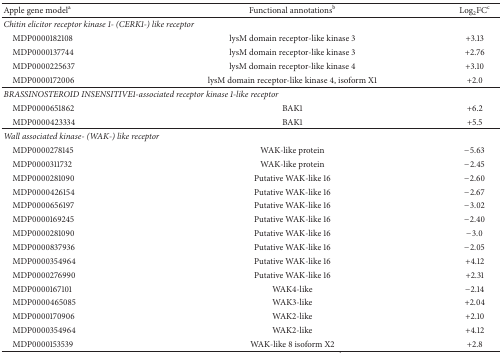
<table><thead><tr><td><b>Apple gene model<sup>a</sup></b></td><td><b>Functional annotations<sup>b</sup></b></td><td><b>Log<sub>2</sub>FC<sup>c</sup></b></td></tr></thead><tbody><tr><td colspan="3"><i>Chitin elicitor receptor kinase 1- (CERK1-) like receptor</i></td></tr><tr><td> MDP0000182108</td><td>lysM domain receptor-like kinase 3</td><td>+3.13</td></tr><tr><td> MDP0000137744</td><td>lysM domain receptor-like kinase 3</td><td>+2.76</td></tr><tr><td> MDP0000225637</td><td>lysM domain receptor-like kinase 4</td><td>+3.10</td></tr><tr><td> MDP0000172006</td><td>lysM domain receptor-like kinase 4, isoform X1</td><td>+2.0</td></tr><tr><td colspan="3"><i>BRASSINOSTEROID INSENSITIVE1-associated receptor kinase 1-like receptor</i></td></tr><tr><td> MDP0000651862</td><td>BAK1</td><td>+6.2</td></tr><tr><td> MDP0000423334</td><td>BAK1</td><td>+5.5</td></tr><tr><td colspan="3"><i>Wall associated kinase- (WAK-) like receptor</i></td></tr><tr><td> MDP0000278145</td><td>WAK-like protein</td><td>−5.63</td></tr><tr><td> MDP0000311732</td><td>WAK-like protein</td><td>−2.45</td></tr><tr><td> MDP0000281090</td><td>Putative WAK-like 16</td><td>−2.60</td></tr><tr><td> MDP0000426154</td><td>Putative WAK-like 16</td><td>−2.67</td></tr><tr><td> MDP0000656197</td><td>Putative WAK-like 16</td><td>−3.02</td></tr><tr><td> MDP0000169245</td><td>Putative WAK-like 16</td><td>−2.40</td></tr><tr><td> MDP0000281090</td><td>Putative WAK-like 16</td><td>−3.0</td></tr><tr><td> MDP0000837936</td><td>Putative WAK-like 16</td><td>−2.05</td></tr><tr><td> MDP0000354964</td><td>Putative WAK-like 16</td><td>+4.12</td></tr><tr><td> MDP0000276990</td><td>Putative WAK-like 16</td><td>+2.31</td></tr><tr><td> MDP0000167101</td><td>WAK4-like</td><td>−2.14</td></tr><tr><td> MDP0000465085</td><td>WAK3-like</td><td>+2.04</td></tr><tr><td> MDP0000170906</td><td>WAK2-like</td><td>+2.10</td></tr><tr><td> MDP0000354964</td><td>WAK2-like</td><td>+4.12</td></tr><tr><td> MDP0000153539</td><td>WAK-like 8 isoform X2</td><td>+2.8</td></tr></tbody></table>